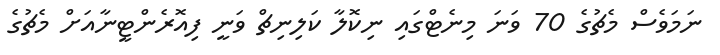
ނަމަވެސް މެޗުގެ 70 ވަނަ މިނެޓްގައި ނިކޮލާ ކަލިނިޗް ވަނީ ފިއޮރެންޓީނާއަށް މެޗުގެ